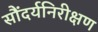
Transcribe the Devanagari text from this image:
सौंदर्यनिरीक्षण